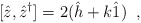
\begin{align*}[\hat{z},\hat{z}^{\dag}]=2(\hat{h}+k\hat{1})\;\; ,\end{align*}